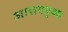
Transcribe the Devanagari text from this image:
आशययुक्‍त